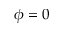
\phi = 0